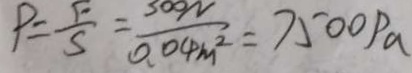
P = \frac { F } { S } = \frac { 3 0 0 N } { 0 . 0 4 m ^ { 2 } } = 7 5 0 0 P a